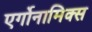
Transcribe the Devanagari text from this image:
एर्गोनामिक्स